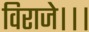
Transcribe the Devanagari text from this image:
विराजे।।।